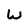
Character: W